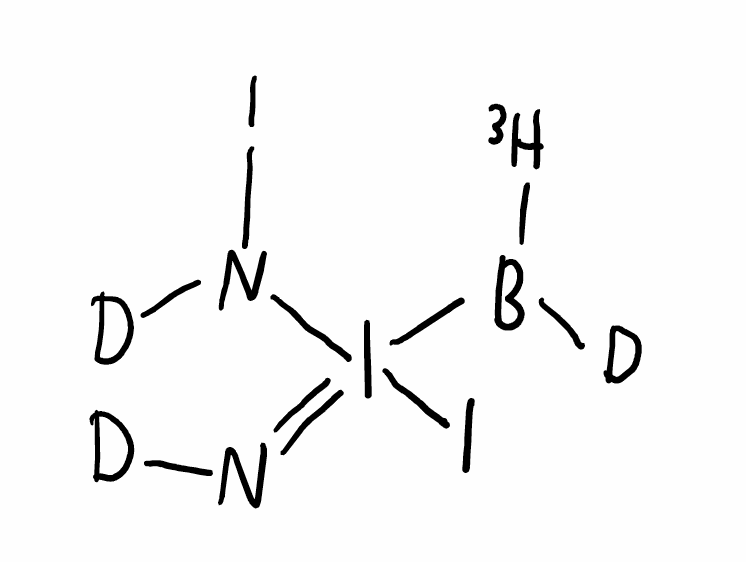
Simplified molecular-input line-entry system (SMILES) notation of the given molecule:
[2H]B([3H])I(=N[2H])(N([2H])I)I